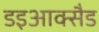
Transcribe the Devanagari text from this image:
डइआक्सैड